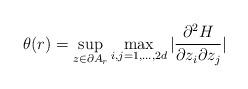
LaTeX: \begin{align*}\theta(r)=\sup\limits_{z\in \partial A_r} \max\limits_{i,j=1,...,2d} |\frac{\partial^2 H}{\partial z_i\partial z_j} |\end{align*}